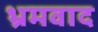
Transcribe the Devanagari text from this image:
भ्रमवाद